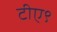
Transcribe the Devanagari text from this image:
टीए९